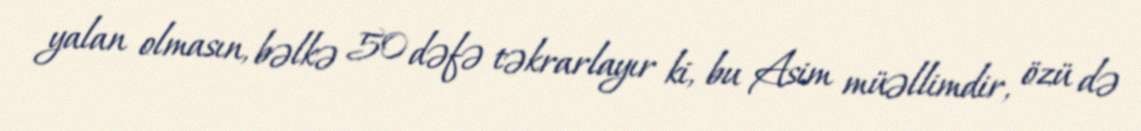
yalan olmasın, bəlkə 50 dəfə təkrarlayır ki, bu Asim müəllimdir, özü də